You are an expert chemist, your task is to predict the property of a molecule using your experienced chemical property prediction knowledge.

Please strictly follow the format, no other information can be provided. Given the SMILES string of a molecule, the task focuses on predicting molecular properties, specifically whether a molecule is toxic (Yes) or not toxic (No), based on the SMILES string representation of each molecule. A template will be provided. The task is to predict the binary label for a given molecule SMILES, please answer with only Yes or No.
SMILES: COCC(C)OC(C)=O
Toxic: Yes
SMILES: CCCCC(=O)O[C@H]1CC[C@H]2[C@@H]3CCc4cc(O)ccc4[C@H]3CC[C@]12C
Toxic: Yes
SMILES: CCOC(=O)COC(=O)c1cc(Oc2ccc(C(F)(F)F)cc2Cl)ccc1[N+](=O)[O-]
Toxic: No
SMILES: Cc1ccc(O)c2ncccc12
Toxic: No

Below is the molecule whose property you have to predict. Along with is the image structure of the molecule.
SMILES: COc1cc(OC)nc(NC(=O)NS(=O)(=O)c2ncccc2C(=O)N(C)C)n1
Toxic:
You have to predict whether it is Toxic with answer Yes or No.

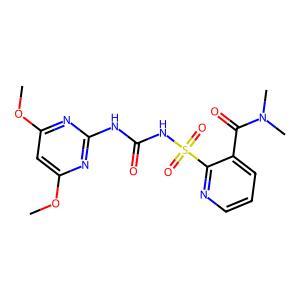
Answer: No